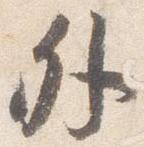
外